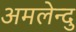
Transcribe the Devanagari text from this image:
अमलेन्दु